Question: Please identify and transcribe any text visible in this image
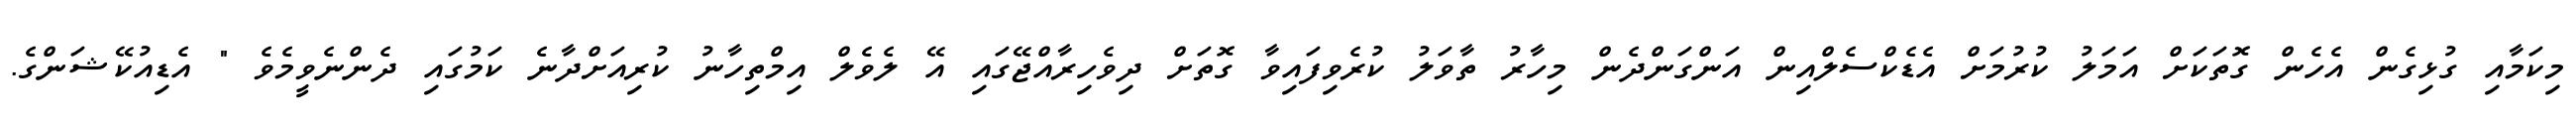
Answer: މިކަމާއި ގުޅިގެން އެހެން ގޮތަކަށް އަމަލު ކުރުމަށް އެޑެކްސެލްއިން އަންގަންދެން މިހާރު ތާވަލު ކުރެވިފައިވާ ގޮތަށް ދިވެހިރާއްޖޭގައި އޭ ލެވެލް އިމްތިހާނު ކުރިއަށްދާނެ ކަމުގައި ދެންނެވީމެވެ " އެޑިއުކޭޝަންގެ.